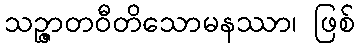
သဉ္ဇာတဝီတိသောမနဿာ၊ ဖြစ်